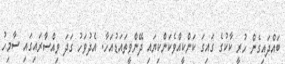
ބައްދައިގެން ހުރީ ކާކުގެ ގައިގަ ކަންކީއްވެކަންކިޔައި ދޭންވީތައަޑުއަހާ. އެދުވަހު ގަދަ ވިއްސާރައިގައި ސާމިހު